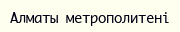
Алматы метрополитені